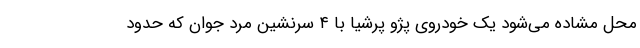
محل مشاده می‌شود یک خودروی پژو پرشیا با ۴ سرنشین مرد جوان که حدود